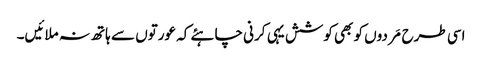
اسی طرح مَردوں کو بھی کوشش یہی کرنی چاہئے کہ عورتوں سے ہاتھ نہ ملائیں۔